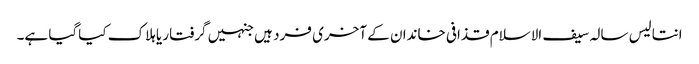
انتالیس سالہ سیف الاسلام قذافی خاندان کے آخری فرد ہیں جنہیں گرفتار یا ہلاک کیاگیا ہے۔